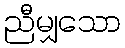
ညီမျှသော